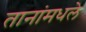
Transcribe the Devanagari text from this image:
तानांमधले